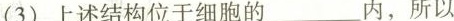
(3)上述结构位于细胞的___内，所以